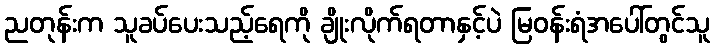
ညတုန်းက သူခပ်ပေးသည့်ရေကို ချိုးလိုက်ရတာနှင့်ပဲ မြဝန်းရံအပေါ်တွင်သူ